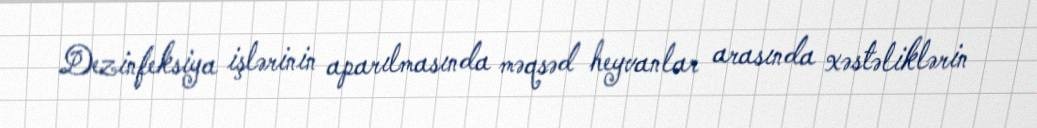
Dezinfeksiya işlərinin aparılmasında məqsəd heyvanlar arasında xəstəliklərin